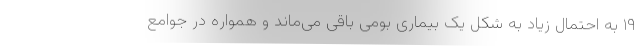
۱۹ به احتمال زیاد به شکل یک بیماری بومی باقی می‌ماند و همواره در جوامع